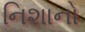
નિશાનો